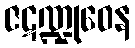
ဇဋဏ္ဍုဝေန